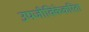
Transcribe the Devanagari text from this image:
उपजीविकेकरिता